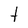
Character: t